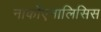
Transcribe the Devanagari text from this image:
नार्कोएनालिसिस